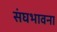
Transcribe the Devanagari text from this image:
संघभावना